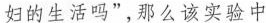
妇的生活吗”，那么该实验中